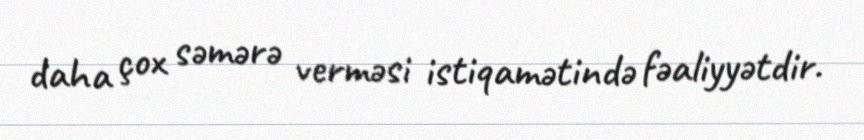
daha çox səmərə verməsi istiqamətində fəaliyyətdir.